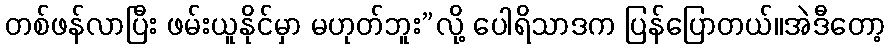
တစ်ဖန်လာပြီး ဖမ်းယူနိုင်မှာ မဟုတ်ဘူး”လို့ ပေါရိသာဒက ပြန်ပြောတယ်။အဲဒီတော့